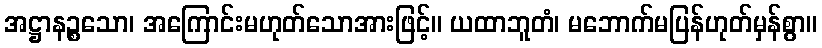
အဋ္ဌာနဉ္စသော၊ အကြောင်းမဟုတ်သောအားဖြင့်။ ယထာဘူတံ၊ မဘောက်မပြန်ဟုတ်မှန်စွာ။